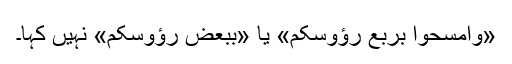
«وامسحوا بربع رؤوسکم» یا «ببعض رؤوسکم» نہیں کہا۔